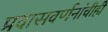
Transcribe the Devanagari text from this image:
प्रवासवर्णनांचीही